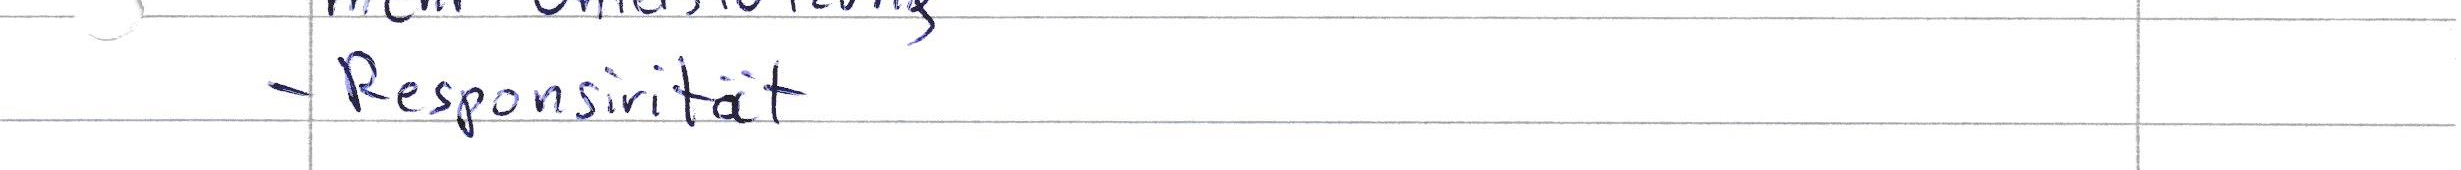
- Responsirität